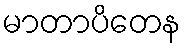
မာတာပိတေန